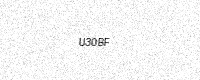
Text: U30BF